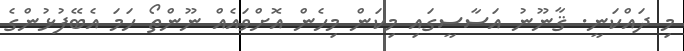
މި ދައްކަނީ. ޤާނޫނު އަސާސީގައި މިކަން މިހެން އޮށްވައެއް ނޫންތޯ ހަމަ އެބޭފުޅުންގެ